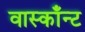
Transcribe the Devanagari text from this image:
वास्काँन्ट